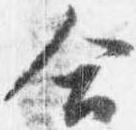
合